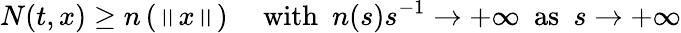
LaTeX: N(t,x)\ge n\left(\left\| x\right\| \right)\ \ \ \ \ \mathrm{with}\ \ n(s)s^{-1}\to+\infty\ \ \mathrm{as}\ \ s\to+\infty